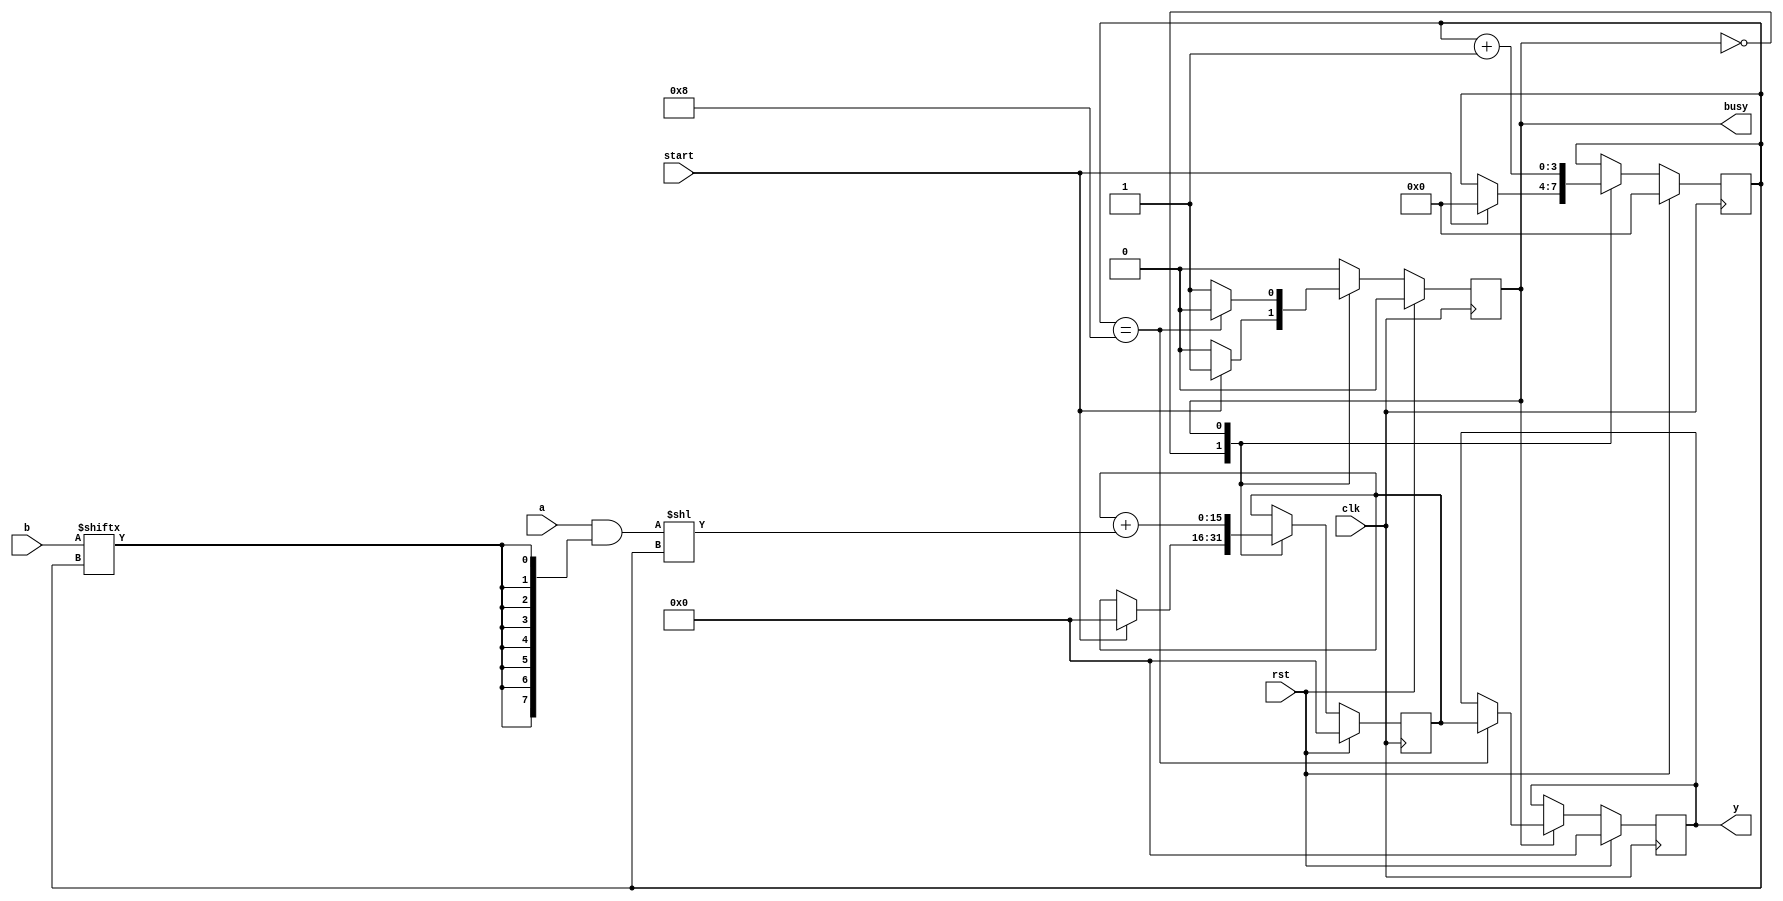
`timescale 1ns / 1ps

module multiplier(input clk,
                 input rst,
                 input [7:0] a,
                 input [7:0] b,
                 input start,
                 output busy,
                 output reg [15:0] y
                 );

    localparam IDLE = 1'b0;
    localparam WORK = 1'b1;

    reg [3:0] ctr;
    wire [3:0] end_step;
    wire [7:0] part_sum;
    wire [15:0] shifted_part_sum;
    reg [7:0] A, B;
    reg [15:0] part_res;
    reg state;

    assign part_sum = a & {8{b[ctr]}};
    assign shifted_part_sum = part_sum << ctr;
    assign end_step = (ctr == 4'h8);
    assign busy = state;

    always @(posedge clk)
        if (rst) begin
            ctr <= 0;
            part_res <= 0;
            y <= 0;

            state <= IDLE;
        end else begin
            case (state)
                IDLE :
                    if (start) begin
                        state <= WORK;

                        A <= a;
                        B <= b;
                        ctr <= 0;
                        part_res <= 0;
                    end
                WORK:
                    begin
                        if (end_step) begin
                            y <= part_res;
                            state <= IDLE;
                        end

                        part_res <= part_res + shifted_part_sum;
                        ctr <= ctr + 1;
                    end
            endcase
        end
endmodule